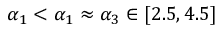
\alpha _ { 1 } < \alpha _ { 1 } \approx \alpha _ { 3 } \in [ 2 . 5 , 4 . 5 ]